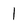
Character: 1